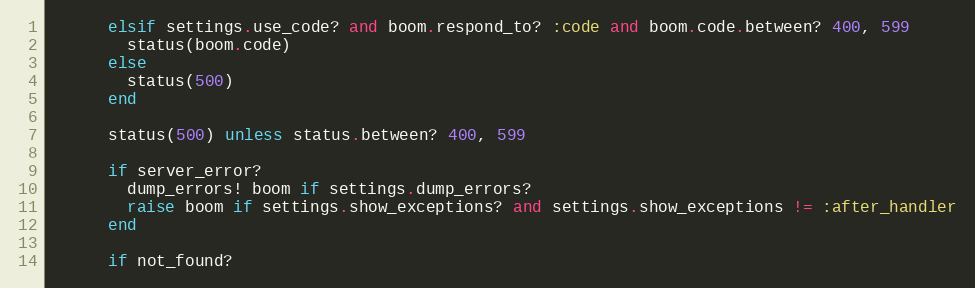
Language: Ruby
      elsif settings.use_code? and boom.respond_to? :code and boom.code.between? 400, 599
        status(boom.code)
      else
        status(500)
      end

      status(500) unless status.between? 400, 599

      if server_error?
        dump_errors! boom if settings.dump_errors?
        raise boom if settings.show_exceptions? and settings.show_exceptions != :after_handler
      end

      if not_found?